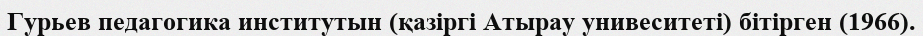
Гурьев педагогика институтын (қазіргі Атырау унивеситеті) бітірген (1966).